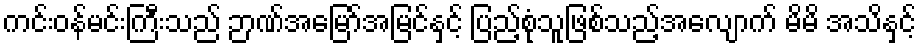
ကင်းဝန်မင်းကြီးသည် ဉာဏ်အမြော်အမြင်နှင့် ပြည့်စုံသူဖြစ်သည့်အလျောက် မိမိ အသိနှင့်